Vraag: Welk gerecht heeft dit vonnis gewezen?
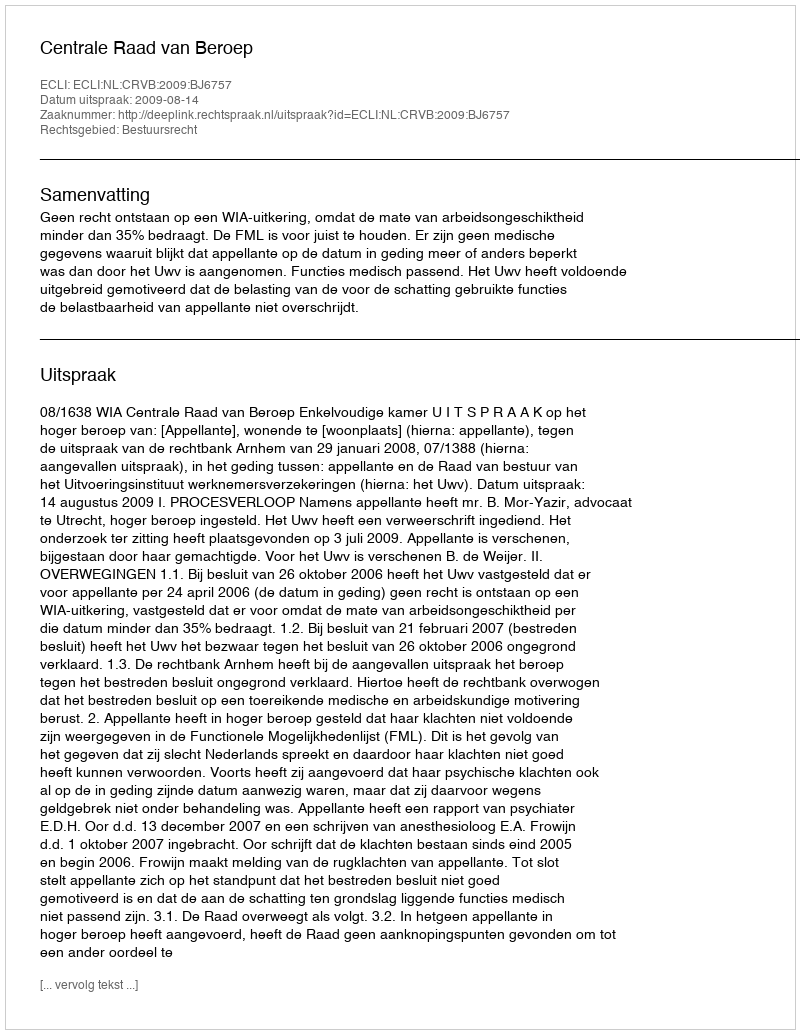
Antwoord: Centrale Raad van Beroep